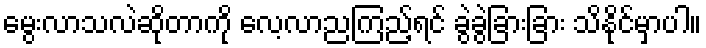
မွေးလာသလဲဆိုတာကို လေ့လာညကြည့်ရင် ခွဲခွဲခြားခြား သိနိုင်မှာပါ။